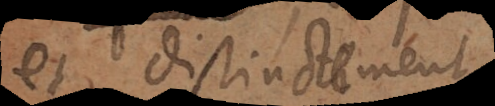
et distinctement,